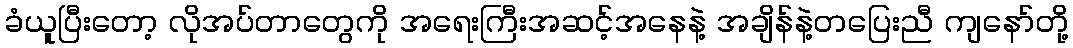
ခံယူပြီးတော့ လိုအပ်တာတွေကို အရေးကြီးအဆင့်အနေနဲ့ အချိန်နဲ့တပြေးညီ ကျနော်တို့